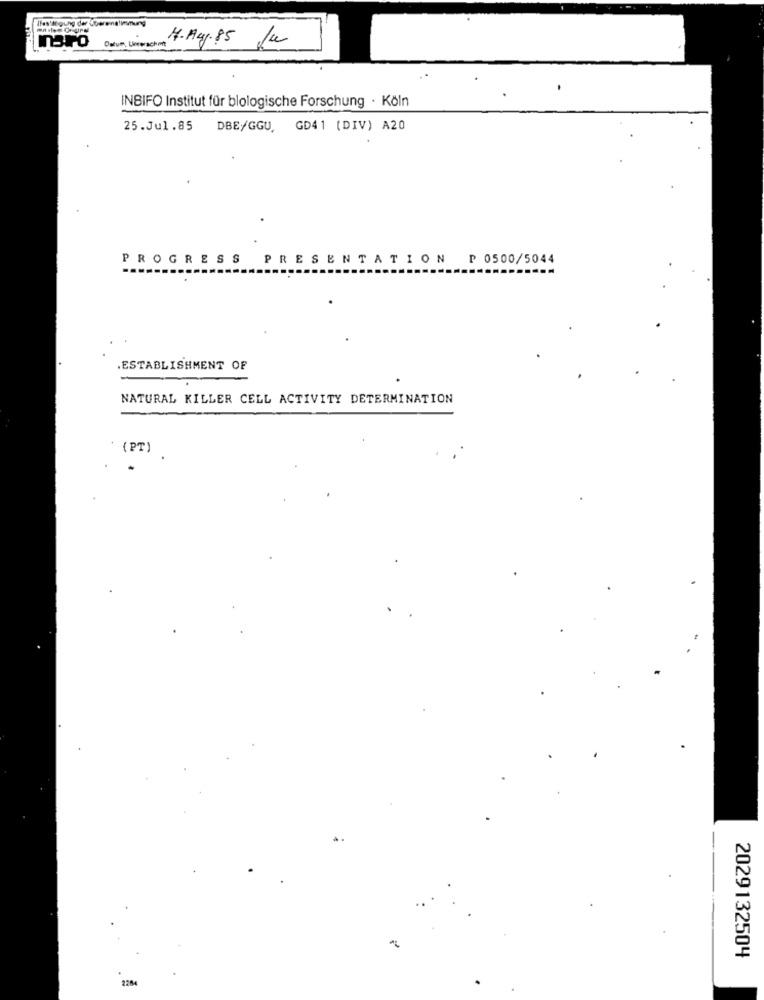
Ilesttogung der Überemalimmung
mero
Datum, Liverschont
4.Aug.85 Ju
INBIFO Institut für blologische Forschung · Köln
25.Jul.85
DBE/GGU, GD41 (DIV) A20
PROGRESS PRESENTATION P 0500/5044
.ESTABLISHMENT OF
NATURAL KILLER CELL ACTIVITY DETERMINATION
(PT)
2029132504
2104